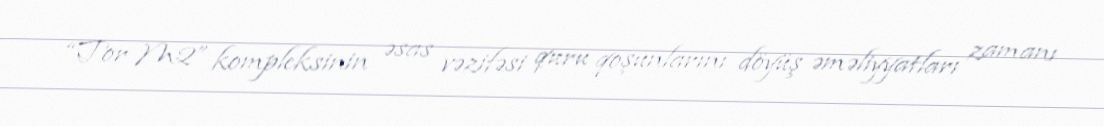
“Tor M2” kompleksinin əsas vəzifəsi quru qoşunlarını döyüş əməliyyatları zamanı